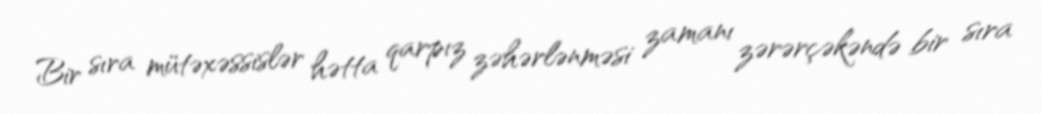
Bir sıra mütəxəssislər hətta qarpız zəhərlənməsi zamanı zərərçəkəndə bir sıra